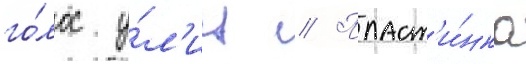
го́лос у́л'иц // Пласт'и́нка